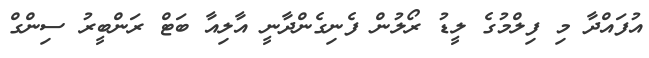
އުފައްދާ މި ފިލްމުގެ ލީޑު ރޯލުން ފެނިގެންދާނީ އާލިއާ ބަޓް ރަންބީރު ސިންގް